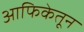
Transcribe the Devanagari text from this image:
आफिकेतून